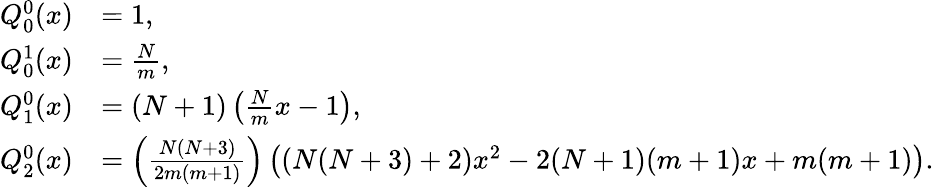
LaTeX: \begin{array}{rl}{Q_{0}^{0}(x)}&{=1,}\\ {Q_{0}^{1}(x)}&{=\frac{N}{m},}\\ {Q_{1}^{0}(x)}&{=\left(N+1\right)\left(\frac{N}{m}x-1\right),}\\ {Q_{2}^{0}(x)}&{=\left(\frac{N(N+3)}{2m(m+1)}\right)\left((N(N+3)+2)x^{2}-2(N+1)(m+1)x+m(m+1)\right).}\end{array}